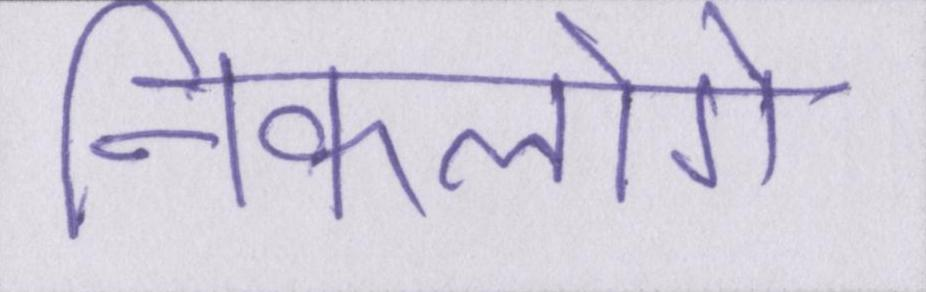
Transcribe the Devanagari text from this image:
निकलोगे